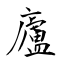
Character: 廬